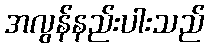
အလွန်နည်းပါးသည်